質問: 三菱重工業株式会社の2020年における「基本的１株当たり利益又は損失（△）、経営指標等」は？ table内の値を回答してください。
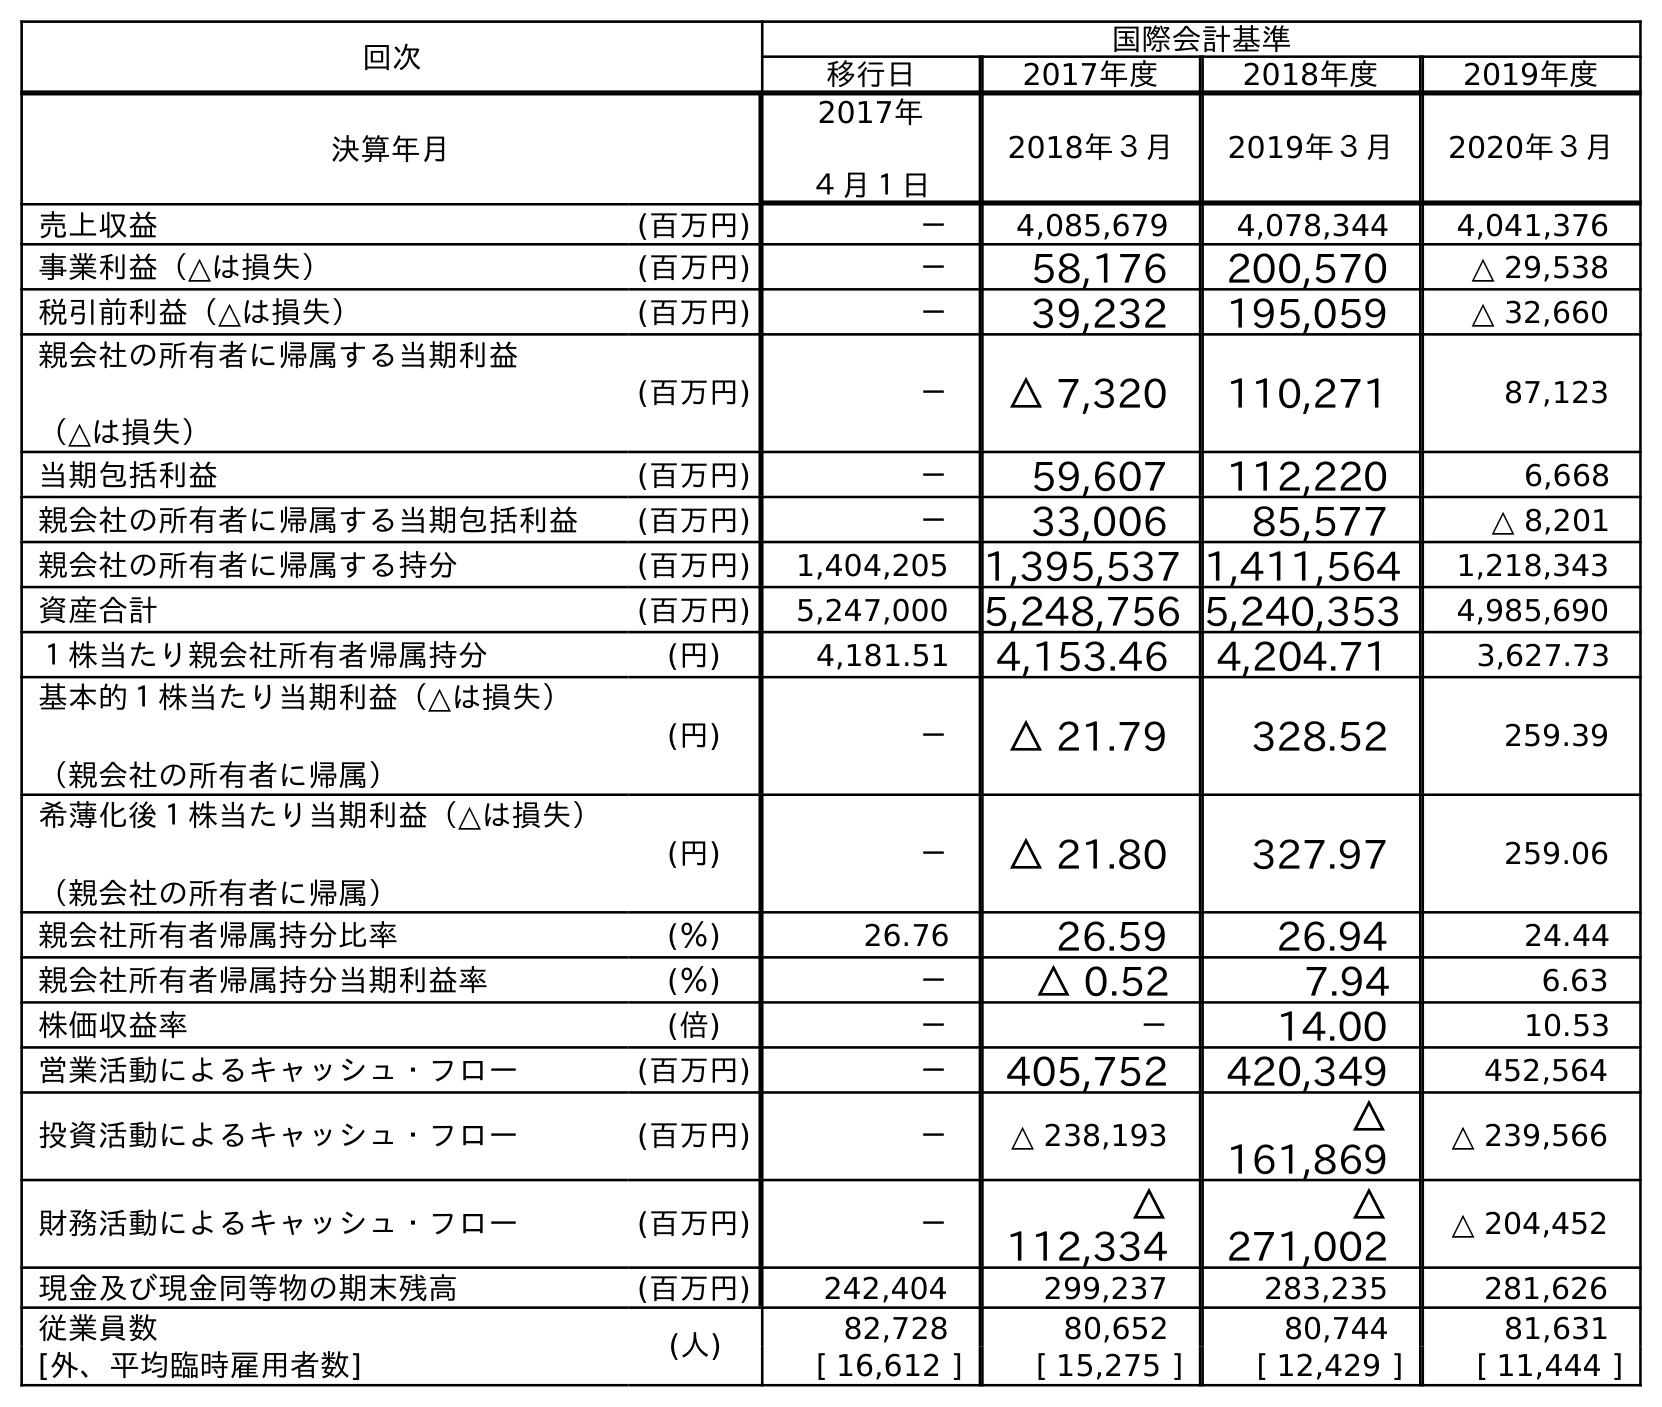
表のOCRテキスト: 回次 国際会計基準 移行日 2017年度 2018年度 2019年度 決算年月 2017年 ４月１日 2018年３月 2019年３月 2020年３月 売上収益 (百万円) － 4,085,679 4,078,344 4,041,376 事業利益（△は損失） (百万円) － 58,176 200,570 △ 29,538 税引前利益（△は損失） (百万円) － 39,232 195,059 △ 32,660 親会社の所有者に帰属する当期利益 （△は損失） (百万円) － △ 7,320 110,271 87,123 当期包括利益 (百万円) － 59,607 112,220 6,668 親会社の所有者に帰属する当期包括利益 (百万円) － 33,006 85,577 △ 8,201 親会社の所有者に帰属する持分 (百万円) 1,404,205 1,395,537 1,411,564 1,218,343 資産合計 (百万円) 5,247,000 5,248,756 5,240,353 4,985,690 １株当たり親会社所有者帰属持分 (円) 4,181.51 4,153.46 4,204.71 3,627.73 基本的１株当たり当期利益（△は損失） （親会社の所有者に帰属） (円) － △ 21.79 328.52 259.39 希薄化後１株当たり当期利益（△は損失） （親会社の所有者に帰属） (円) － △ 21.80 327.97 259.06 親会社所有者帰属持分比率 (％) 26.76 26.59 26.94 24.44 親会社所有者帰属持分当期利益率 (％) － △ 0.52 7.94 6.63 株価収益率 (倍) － － 14.00 10.53 営業活動によるキャッシュ・フロー (百万円) － 405,752 420,349 452,564 投資活動によるキャッシュ・フロー (百万円) － △ 238,193 △ 161,869 △ 239,566 財務活動によるキャッシュ・フロー (百万円) － △ 112,334 △ 271,002 △ 204,452 現金及び現金同等物の期末残高 (百万円) 242,404 299,237 283,235 281,626 従業員数 (人) 82,728 80,652 80,744 81,631 [外、平均臨時雇用者数] [ 16,612 ] [ 15,275 ] [ 12,429 ] [ 11,444 ]
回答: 259.39